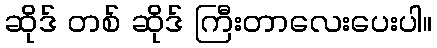
ဆိုဒ် တစ် ဆိုဒ် ကြီးတာလေးပေးပါ။